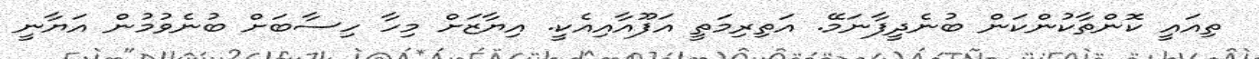
ތިއައީ ކޮންތާކުންކަން ބުނެދީފާނަމޭ. އަތިރިމަތީ އަފޫއާއިއެކީ. އިޔާޒަށް މިހާ ހިސާބަށް ބުނެވުމުން އަޔާނީ